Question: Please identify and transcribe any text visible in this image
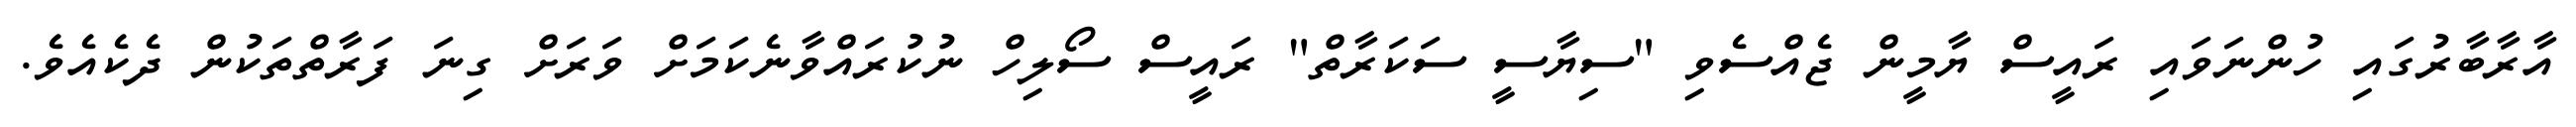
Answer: އާރާބާރުގައި ހުންނަވައި ރައީސް ޔާމީން ޖެއްސެވި "ސިޔާސީ ސަކަރާތް" ރައީސް ސޯލިހް ނުކުރައްވާނެކަމަށް ވަރަށް ގިނަ ފަރާތްތަކުން ދެކެއެވެ.